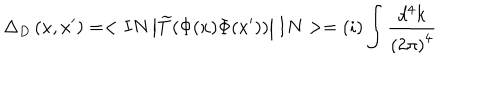
\Delta _ { D } \left( x , x ^ { \prime } \right) = < I N \left| \widetilde { T } ( \Phi ( x ) \Phi ( x ^ { \prime } ) ) \right| I N > = ( i ) \int \frac { d ^ { 4 } k } { \left( 2 \pi \right) ^ { 4 } }